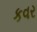
કવર